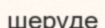
шеруде